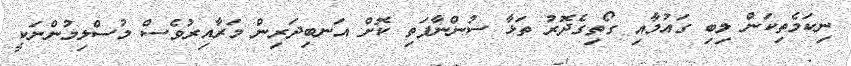
ނިކަމެތިކަން ލިބި ގައުމާއި ގޯތިގެދޮރު ތަޅާ ސުންނާފަތި ކޮށް އަނބިދަރިން މަރާއިރުވެސް މުސްލިމުންނަކީ